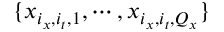
\{ \boldsymbol { x } _ { i _ { x } , i _ { t } , 1 } , \cdots , \boldsymbol { x } _ { i _ { x } , i _ { t } , Q _ { x } } \}